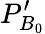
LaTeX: {{{{P}}}_{{{B}_{0}}}^{\prime}}